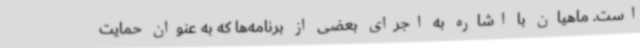
است. ماهیان با اشاره به اجرای بعضی از برنامه‌ها که به عنوان حمایت